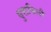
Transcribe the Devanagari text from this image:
घुसविली